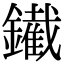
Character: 䥫